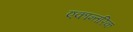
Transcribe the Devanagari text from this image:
एकान्तरिक